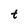
Character: t